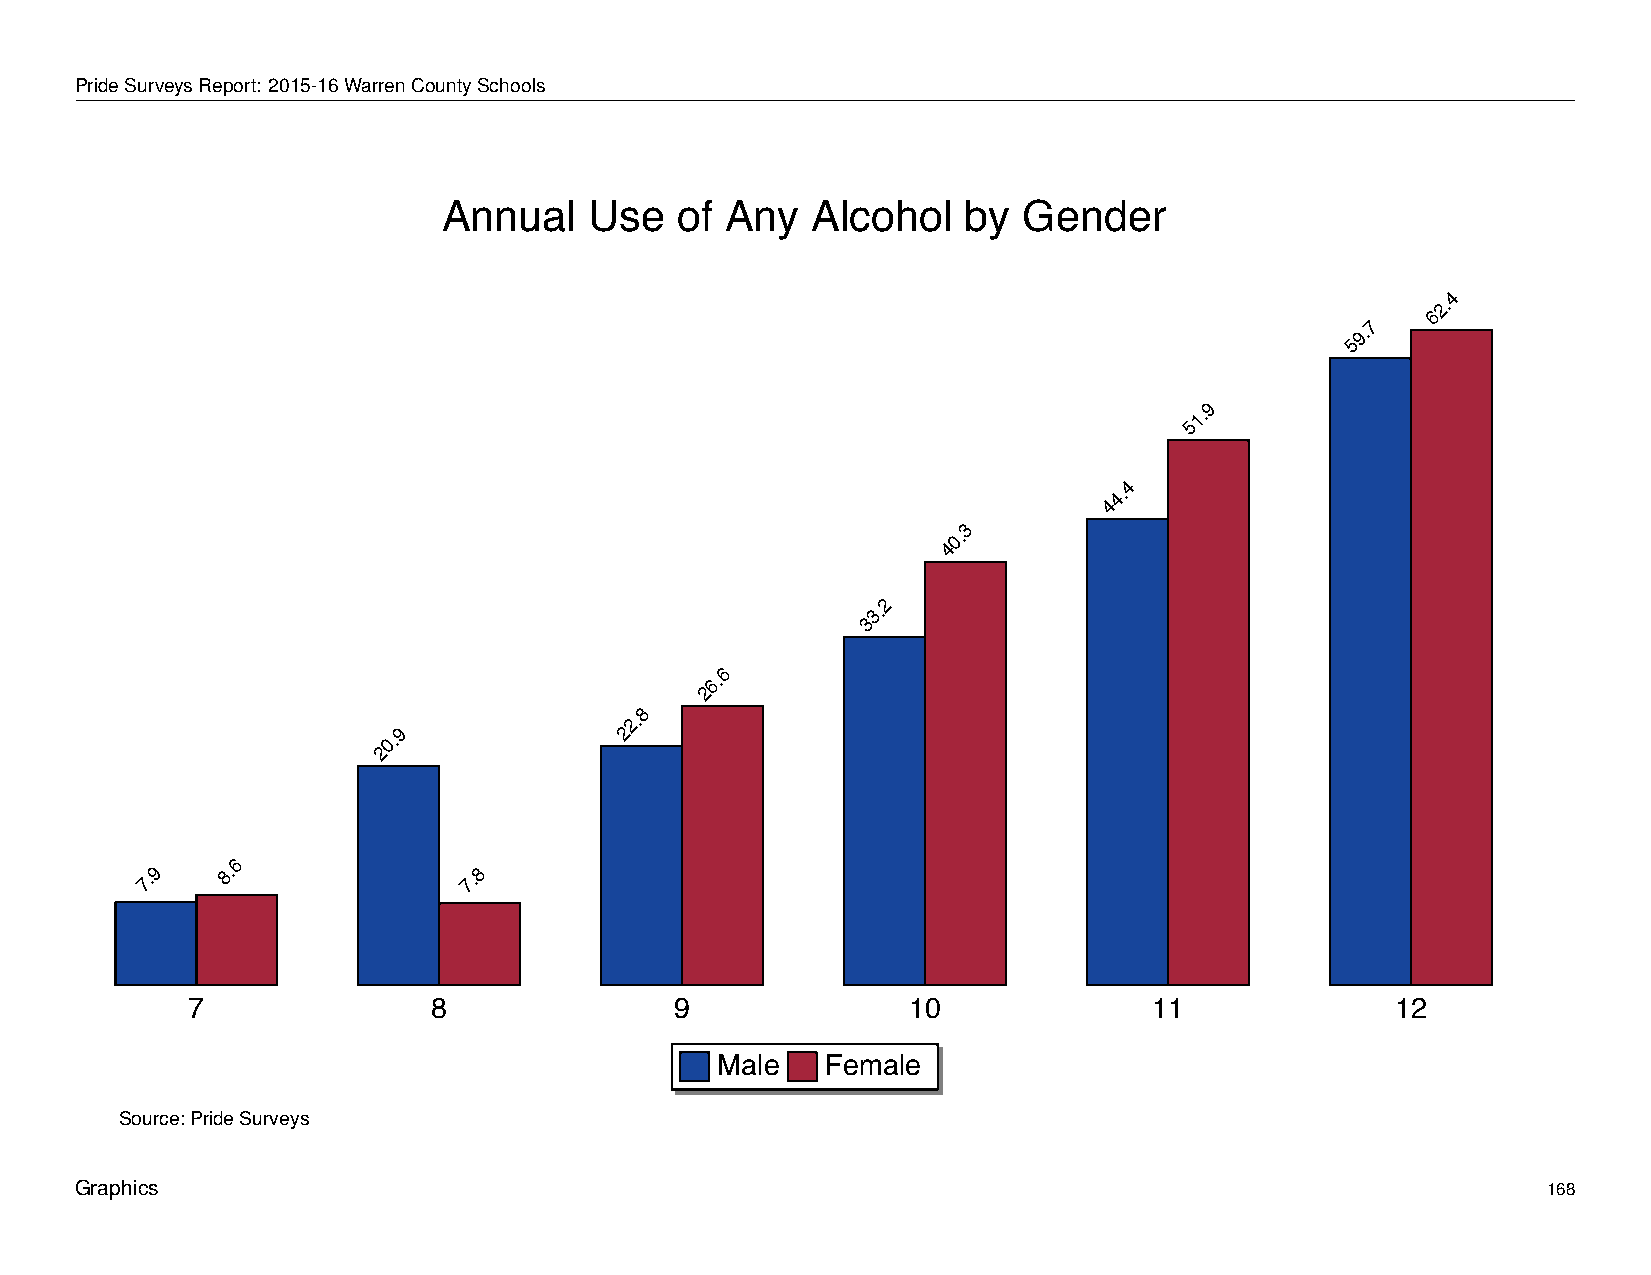
Annual          Use      of   Any       Alcohol          by    Gender
 PrideSurveysReport: 2015-16WarrenCountySchools
 Annual    Use   of Any   Alcohol   by  Gender
 4
 2.
 6
 7
 9.
 5
 9
 1.
 5
 4
 4.
 4
 3
 0.
 4
 2
 3.
 3
 6
 6.
 2
 8
 2.
 9              2
 0.
 2
 6
 7.9   8.              7.8
 7                8               9              10              11              12
 Male    Female
 Source: Pride Surveys
 Graphics                                                                                         168